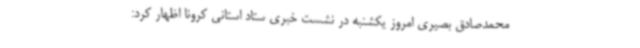
محمدصادق بصیری امروز یکشنبه در نشست خبری ستاد استانی کرونا اظهار کرد: